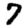
Digit: 7